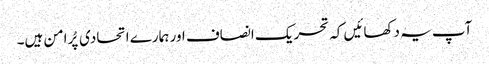
آپ یہ دکھائیں کہ تحریک انصاف اور ہمارے اتحادی پُرامن ہیں۔